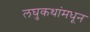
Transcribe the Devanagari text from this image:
लघुकथांमधून